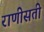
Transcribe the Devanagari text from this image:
राणीसती